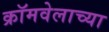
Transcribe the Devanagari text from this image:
क्रॉमवेलाच्या